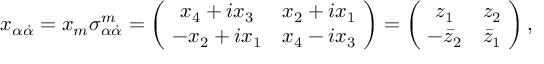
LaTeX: x _ { \alpha \dot { \alpha } } = x _ { m } \sigma _ { \alpha \dot { \alpha } } ^ { m } = \left( \! \begin{array} { c c } { { x _ { 4 } + i x _ { 3 } } } & { { x _ { 2 } + i x _ { 1 } } } \\ { { - x _ { 2 } + i x _ { 1 } } } & { { x _ { 4 } - i x _ { 3 } } } \end{array} \! \right) = \left( \! \begin{array} { c c } { { z _ { 1 } } } & { { z _ { 2 } } } \\ { { - \bar { z } _ { 2 } } } & { { \bar { z } _ { 1 } } } \end{array} \! \right) ,